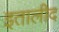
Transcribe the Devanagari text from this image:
इतालीद